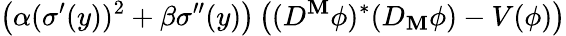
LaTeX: \left(\alpha(\sigma^{\prime}(y))^{2}+\beta\sigma^{\prime\prime}(y)\right)\left((D^{\mathbf{M}}\phi)^{\ast}(D_{\mathbf{M}}\phi)-V(\phi)\right)